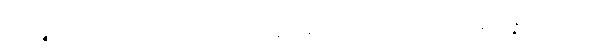
အယဉ္စ၊ ဤသူငယ်သည်လည်း။ သုသာနသန္တိကေ၊ သင်းချိုင်းအနီး၌။ နိပန္နော၊ အိပ်၏။